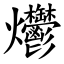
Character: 爩